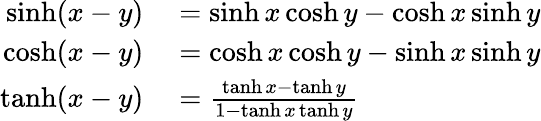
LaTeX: \begin{array}{rl}{\sinh(x-y)}&{{}=\sinh x\cosh y-\cosh x\sinh y}\\ {\cosh(x-y)}&{{}=\cosh x\cosh y-\sinh x\sinh y}\\ {\operatorname{tanh}(x-y)}&{{}={\frac{\operatorname{tanh}x-\operatorname{tanh}y}{1-\operatorname{tanh}x\operatorname{tanh}y}}}\end{array}